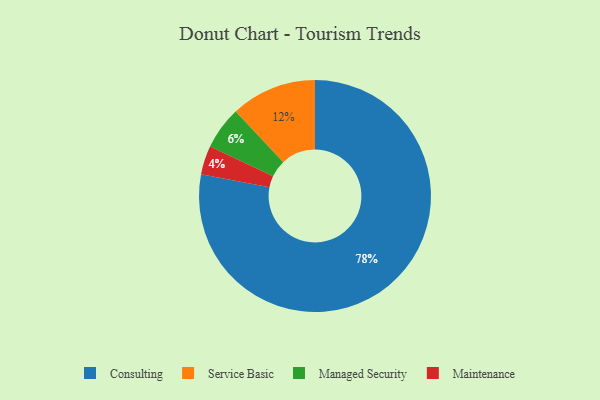
{"axis": {"x": "Category", "y": "Percentage"}, "legend": ["Consulting", "Maintenance", "Managed Security", "Service Basic"], "data": [{"x": "Maintenance", "y": 4, "type": "Maintenance"}, {"x": "Service Basic", "y": 12, "type": "Service Basic"}, {"x": "Consulting", "y": 78, "type": "Consulting"}, {"x": "Managed Security", "y": 6, "type": "Managed Security"}]}